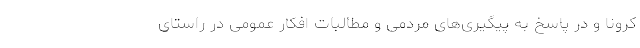
کرونا و در پاسخ به پیگیری‌های مردمی و مطالبات افکار عمومی در راستای